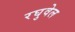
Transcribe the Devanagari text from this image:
रघुवेल